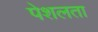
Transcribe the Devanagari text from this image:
पेशलता